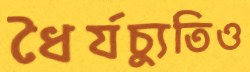
ধৈর্যচ্যুতিও